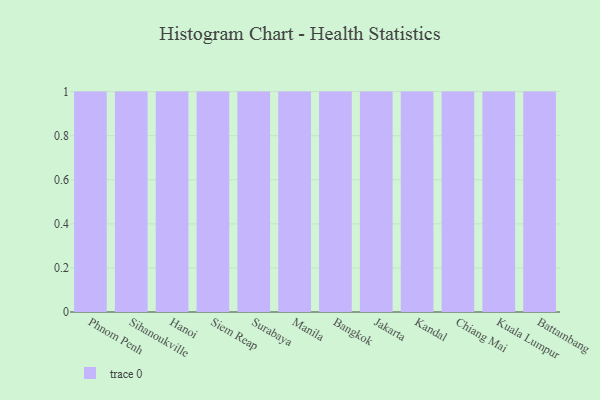
{"axis": {"x": "City", "y": "Population (Million)"}, "legend": [""], "data": [{"x": "Phnom Penh", "y": 30, "type": ""}, {"x": "Sihanoukville", "y": 72, "type": ""}, {"x": "Hanoi", "y": 70, "type": ""}, {"x": "Siem Reap", "y": 5, "type": ""}, {"x": "Surabaya", "y": 23, "type": ""}, {"x": "Manila", "y": 82, "type": ""}, {"x": "Bangkok", "y": 31, "type": ""}, {"x": "Jakarta", "y": 56, "type": ""}, {"x": "Kandal", "y": 54, "type": ""}, {"x": "Chiang Mai", "y": 52, "type": ""}, {"x": "Kuala Lumpur", "y": 29, "type": ""}, {"x": "Battambang", "y": 76, "type": ""}]}